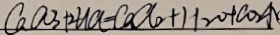
C a C O _ { 3 } + 2 H C l = C a C l _ { 2 } + H _ { 2 } O + C O _ { 2 } \uparrow